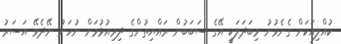
ކުއްލިއަކަށް ގެނެވުނު މިބަދަލަކީ އޭގެ ސަބަބުން ރައްޔިތުންގެ ދިރިއުޅުމަށް ނުހަނު ނޭދެވޭ އަސަރު